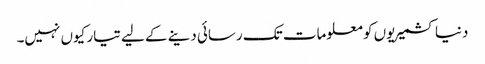
دنیا کشمیریوں کو معلومات تک رسائی دینے کے لیے تیار کیوں نہیں۔